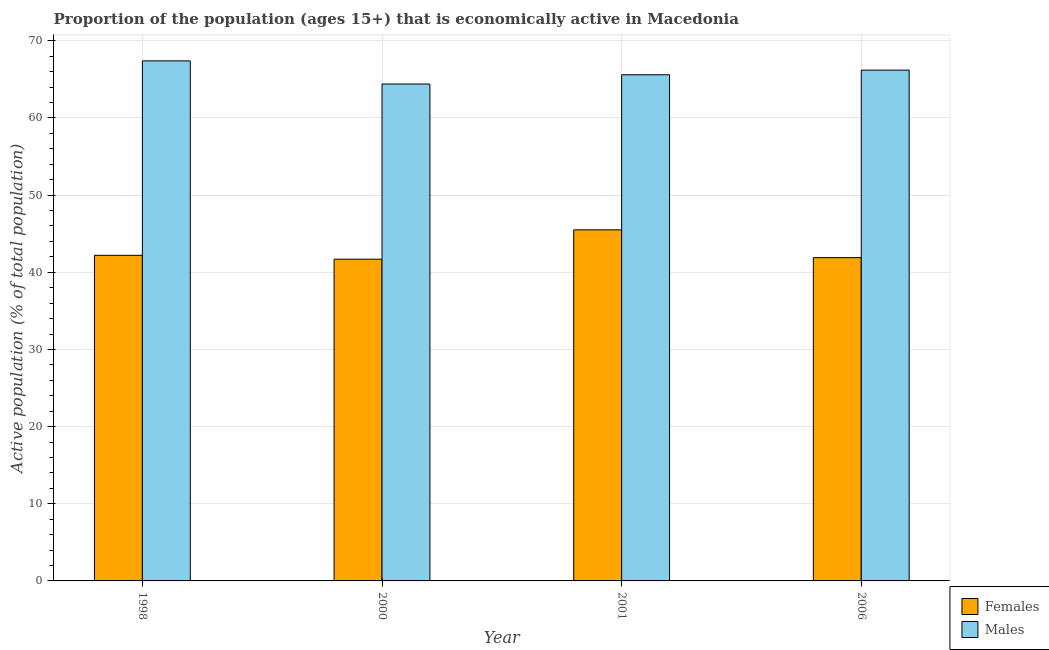
| Year | Females | Males |
 | --- | --- | --- |
 | 1998 | 42.2 | 67.4 |
 | 2000 | 41.7 | 64.4 |
 | 2001 | 45.5 | 65.6 |
 | 2006 | 41.9 | 66.2 |